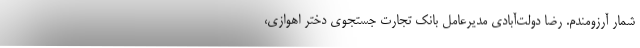
شمار آرزومندم. رضا دولت‌آبادی مدیرعامل بانک تجارت جستجوی دختر اهوازی،